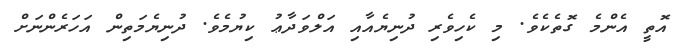
އޮތީ އެންމެ ގޮތެކެވެ. މި ކެހިވެރި ދުނިޔެއާއި އަލްވަދާޢު ކިޔުމެވެ. ދުނިޔެމަތިން އަހަރެންނަށް